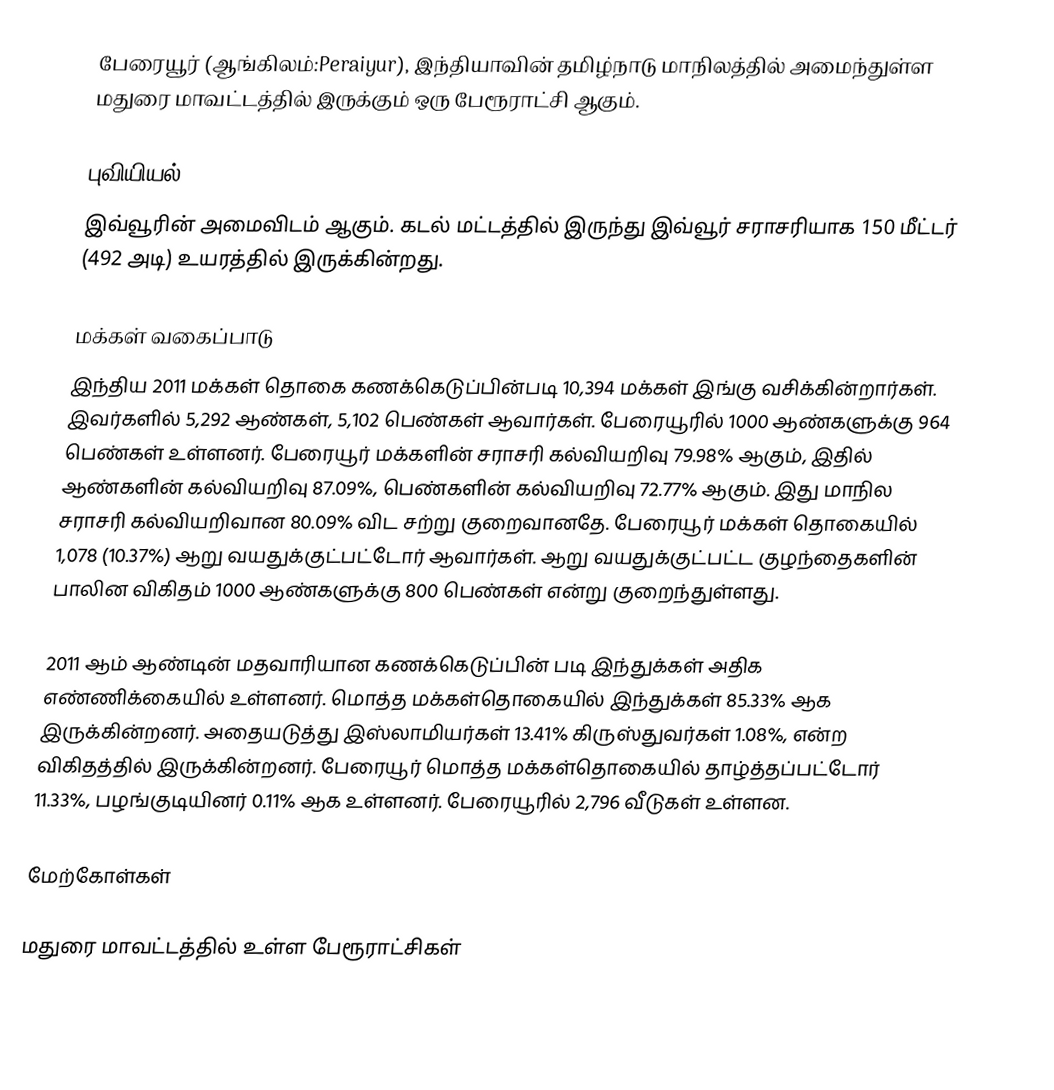
பேரையூர் (ஆங்கிலம்:Peraiyur), இந்தியாவின் தமிழ்நாடு மாநிலத்தில் அமைந்துள்ள மதுரை மாவட்டத்தில் இருக்கும் ஒரு பேரூராட்சி ஆகும்.

புவியியல்
இவ்வூரின் அமைவிடம்  ஆகும். கடல் மட்டத்தில் இருந்து இவ்வூர் சராசரியாக 150 மீட்டர் (492 அடி) உயரத்தில் இருக்கின்றது.

மக்கள் வகைப்பாடு
இந்திய 2011 மக்கள் தொகை கணக்கெடுப்பின்படி 10,394 மக்கள் இங்கு வசிக்கின்றார்கள். இவர்களில் 5,292 ஆண்கள், 5,102 பெண்கள் ஆவார்கள். பேரையூரில் 1000 ஆண்களுக்கு 964 பெண்கள் உள்ளனர். பேரையூர் மக்களின் சராசரி கல்வியறிவு 79.98% ஆகும், இதில் ஆண்களின் கல்வியறிவு 87.09%, பெண்களின் கல்வியறிவு 72.77% ஆகும். இது மாநில சராசரி கல்வியறிவான 80.09% விட சற்று குறைவானதே. பேரையூர் மக்கள் தொகையில் 1,078 (10.37%) ஆறு வயதுக்குட்பட்டோர் ஆவார்கள். ஆறு வயதுக்குட்பட்ட குழந்தைகளின் பாலின விகிதம் 1000 ஆண்களுக்கு 800 பெண்கள் என்று குறைந்துள்ளது.

2011 ஆம் ஆண்டின் மதவாரியான கணக்கெடுப்பின் படி இந்துக்கள் அதிக எண்ணிக்கையில் உள்ளனர். மொத்த மக்கள்தொகையில் இந்துக்கள் 85.33% ஆக இருக்கின்றனர். அதையடுத்து இஸ்லாமியர்கள் 13.41% கிருஸ்துவர்கள் 1.08%, என்ற விகிதத்தில் இருக்கின்றனர். பேரையூர் மொத்த மக்கள்தொகையில் தாழ்த்தப்பட்டோர் 11.33%, பழங்குடியினர் 0.11% ஆக உள்ளனர். பேரையூரில்  2,796 வீடுகள் உள்ளன.

மேற்கோள்கள்

மதுரை மாவட்டத்தில் உள்ள பேரூராட்சிகள்